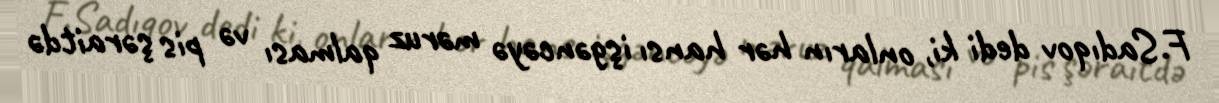
F.Sadıqov dedi ki, onların hər hansı işgəncəyə məruz qalması və pis şəraitdə